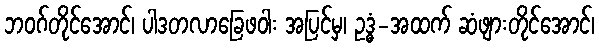
ဘဝဂ်တိုင်အောင်၊ ပါဒတလာခြေဖဝါး အပြင်မှ၊ ဥဒ္ဓံ-အထက် ဆံဖျားတိုင်အောင်၊